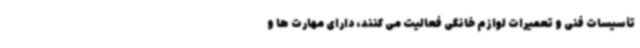
تأسیسات فنی و تعمیرات لوازم خانگی فعالیت می کنند، دارای مهارت ها و